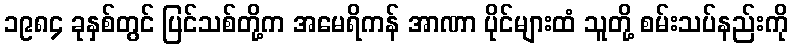
၁၉၈၄ ခုနှစ်တွင် ပြင်သစ်တို့က အမေရိကန် အာဏာ ပိုင်များထံ သူတို့ စမ်းသပ်နည်းကို